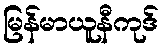
မြန်မာယူနီကုဒ်